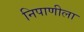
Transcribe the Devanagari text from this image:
निपाणीला